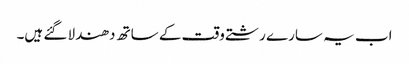
اب یہ سارے رشتے وقت کے ساتھ دھندلا گئے ہیں۔